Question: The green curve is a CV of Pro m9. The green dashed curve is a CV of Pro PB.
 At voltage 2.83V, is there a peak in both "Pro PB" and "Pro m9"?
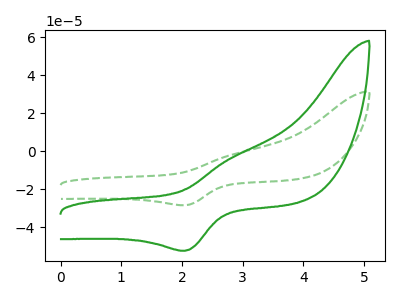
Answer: <think>The green curve "Pro m9" has an anodic peak at (2.85V, -3.40uA) and a cathodic peak at (2.05V, -52.45uA). The green dashed curve "Pro PB" has an anodic peak at (2.85V, -1.85uA) and a cathodic peak at (2.05V, -28.50uA).</think>
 <answer>Yes, "Pro PB" and "Pro m9" share a peak at 2.83V.</answer>
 <eval>match</eval>